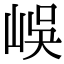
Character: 𡷤